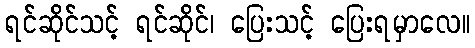
ရင်ဆိုင်သင့် ရင်ဆိုင်၊ ပြေးသင့် ပြေးရမှာလေ။